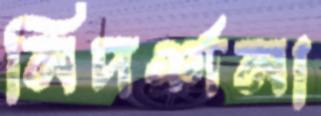
নিদর্শনা